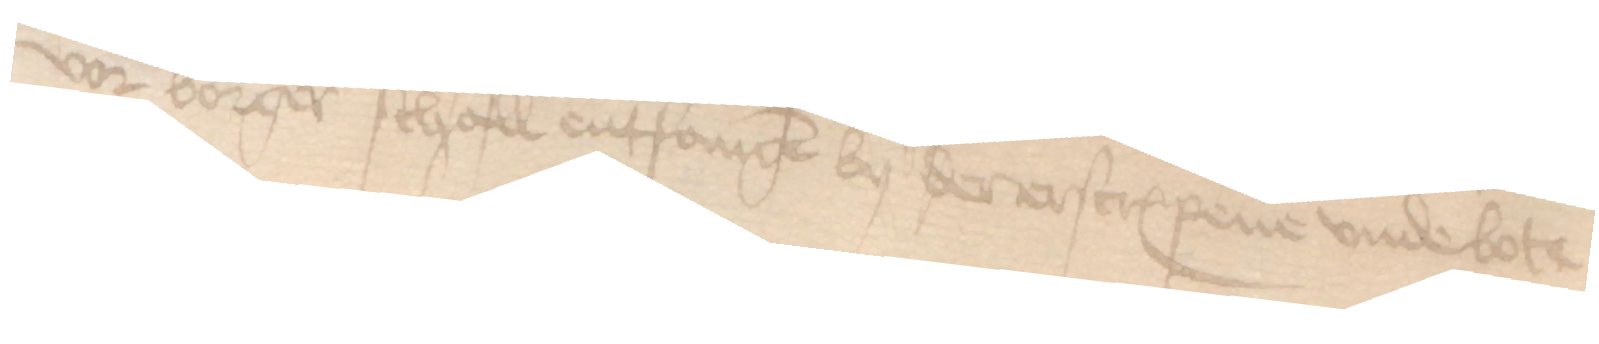
vor borger schall entfangen by der erscreuenen vnde bote